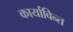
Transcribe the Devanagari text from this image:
कार्याविन्त